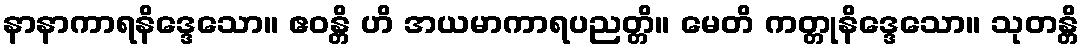
နာနာကာရနိဒ္ဒေသော။ ဧဝန္တိ ဟိ အယမာကာရပညတ္တိ။ မေတိ ကတ္တုနိဒ္ဒေသော။ သုတန္တိ